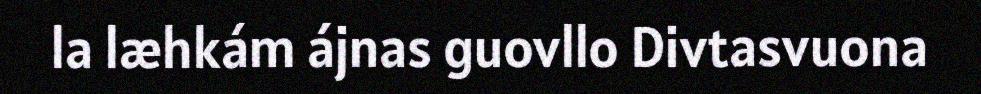
la læhkám ájnas guovllo Divtasvuona